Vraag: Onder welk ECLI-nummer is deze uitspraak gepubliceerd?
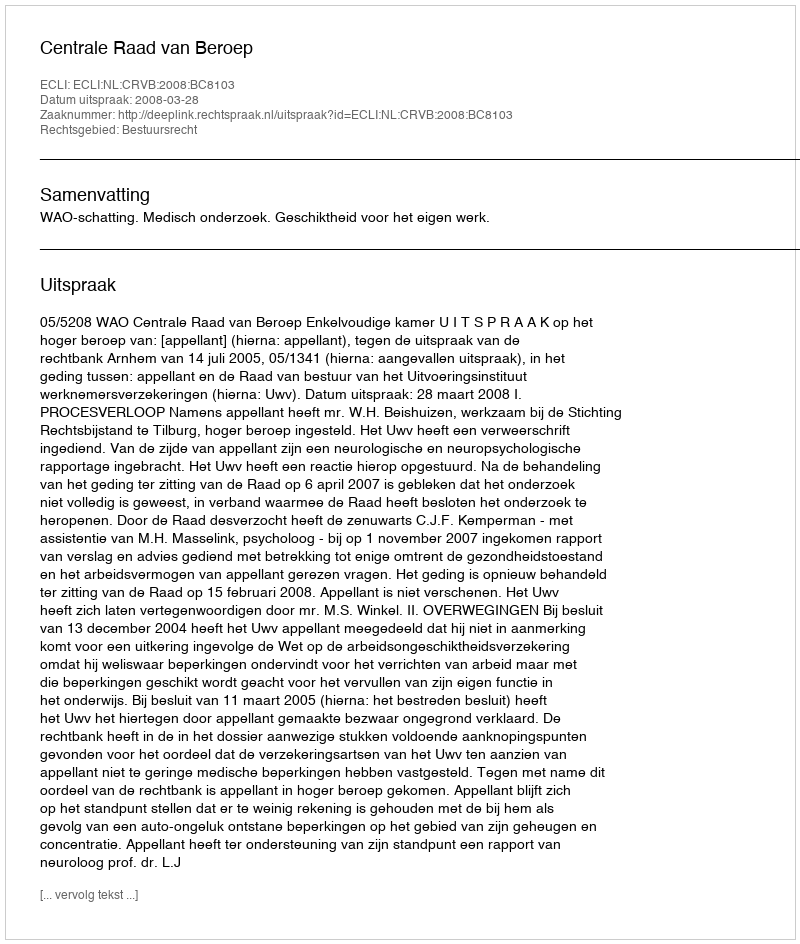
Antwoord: ECLI:NL:CRVB:2008:BC8103